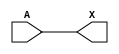
module sky130_fd_sc_ls__dlygate4sd3_4 (
    X,
    A
);
    output X;
    input  A;
    wire buf0_out_X;
    buf buf0 (buf0_out_X, A              );
    buf buf1 (X         , buf0_out_X     );
endmodule